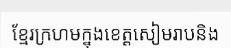
ខ្មែរក្រហមក្នុងខេត្តសៀមរាបនិង